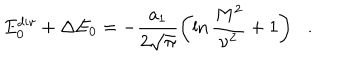
LaTeX: E _ { 0 } ^ { \mathrm { d i v } } + \Delta E _ { 0 } = - \frac { a _ { 1 } } { 2 \sqrt { \pi } } \left( \ln \frac { M ^ { 2 } } { \nu ^ { 2 } } + 1 \right) \, \ \ .